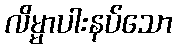
လိမ္မာပါးနပ်သော